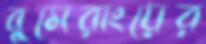
বুমেরাংয়ের